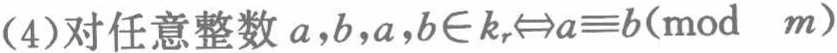
(4)对任意整数 \(a,b,a,b\in k_{r}\Leftrightarrow a\equiv b(\bmod\ m)\)